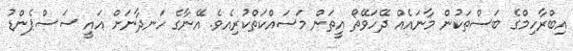
އިބްރާހިމްގެ ބަސްތަކުން މާނައެއް ދޭހަވޭތޯ އީތަން މަސައްކަތްކުރިއެވެ. އޭނާގެ ހަނދާނަށް އައީ ސަސްޕެންޑު